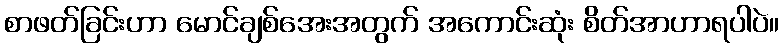
စာဖတ်ခြင်းဟာ မောင်ချစ်အေးအတွက် အကောင်းဆုံး စိတ်အာဟာရပါပဲ။